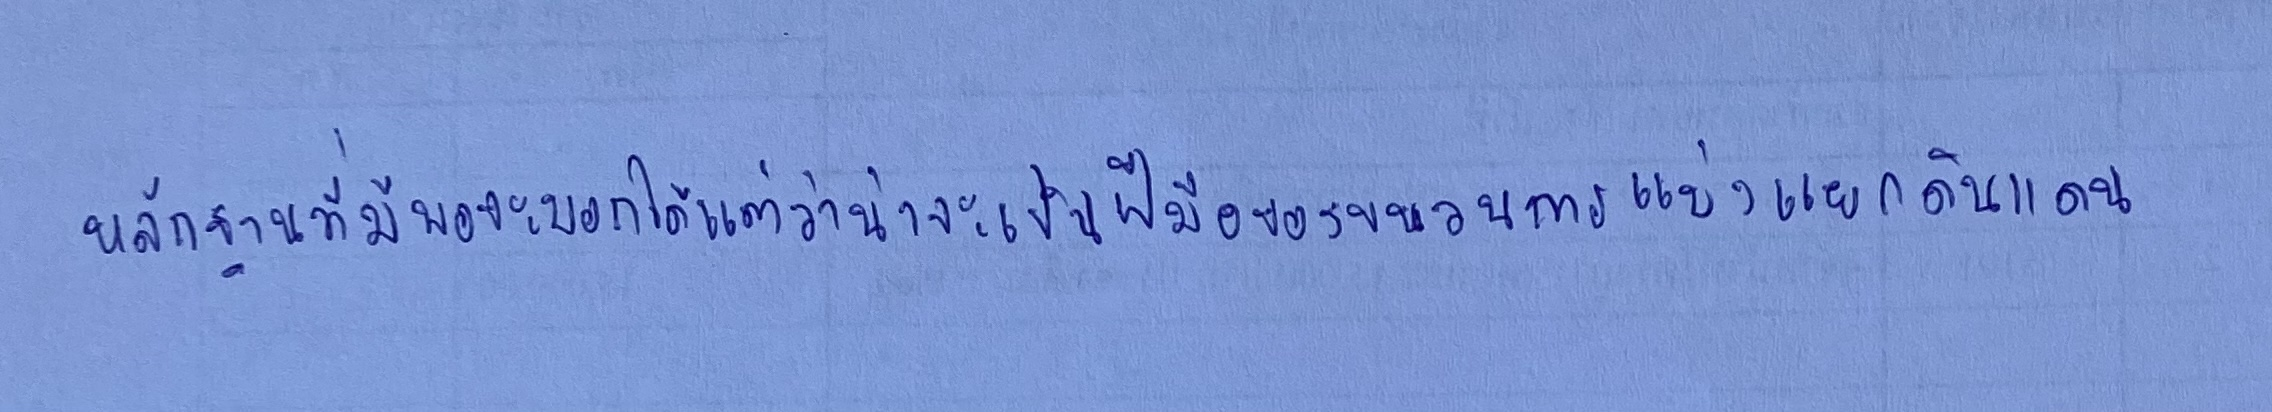
หลักฐานที่มีพอจะบอกได้แต่ว่าน่าจะเป็นฝีมือของขบวนการแบ่งแยกดินแดน